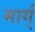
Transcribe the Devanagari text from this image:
मार्ग्